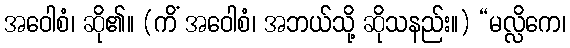
အဝေါစံ၊ ဆို၏။ (ကိံ အဝေါစံ၊ အဘယ်သို့ ဆိုသနည်း။) “မလ္လိကေ၊